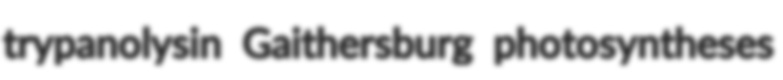
trypanolysin Gaithersburg photosyntheses